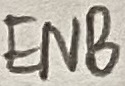
Text: ENB